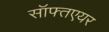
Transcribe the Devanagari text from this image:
सॉफ्तएयर